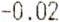
-0.02